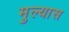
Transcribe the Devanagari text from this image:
मुल्यास